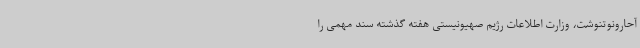
آحارونوتنوشت، وزارت اطلاعات رژیم صهیونیستی هفته گذشته سند مهمی را